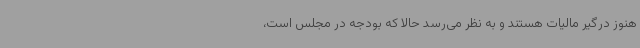
هنوز درگیر مالیات هستند و به نظر می‌رسد حالا که بودجه در مجلس است،